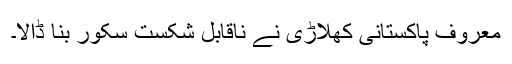
معروف پاکستانی کھلاڑی نے ناقابل شکست سکور بنا ڈالا۔